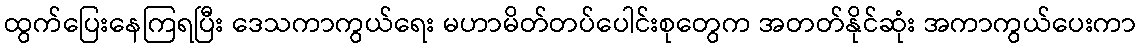
ထွက်ပြေးနေကြရပြီး ဒေသကာကွယ်ရေး မဟာမိတ်တပ်ပေါင်းစုတွေက အတတ်နိုင်ဆုံး အကာကွယ်ပေးကာ